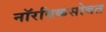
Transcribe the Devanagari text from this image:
नॉरविकसोबत